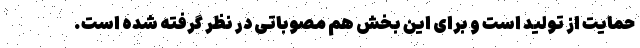
حمایت از تولید است و برای این بخش هم مصوباتی در نظر گرفته شده است.